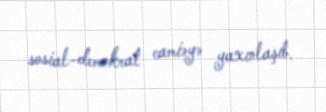
sosial-demokrat camiəyə yaxınlaşıb.